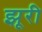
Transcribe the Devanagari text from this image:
झूरी